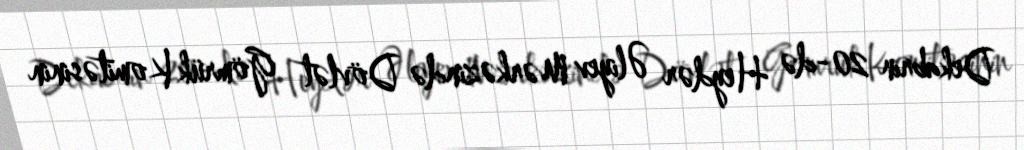
Dekabrın 20-də Heydər Əliyev Mərkəzində Dövlət Gömrük Komitəsinin